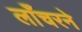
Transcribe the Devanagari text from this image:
लाँचरने